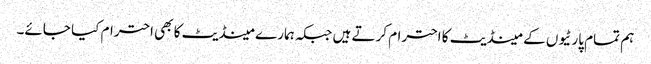
ہم تمام پارٹیوں کے مینڈیٹ کا احترام کرتے ہیں جبکہ ہمارے مینڈیٹ کا بھی احترام کیا جائے۔